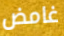
غامض